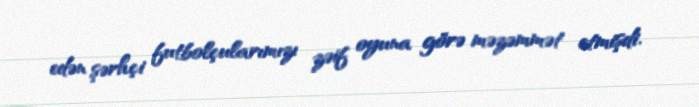
edən şərhçi futbolçularımızı zəif oyuna görə məzəmmət etmişdi.